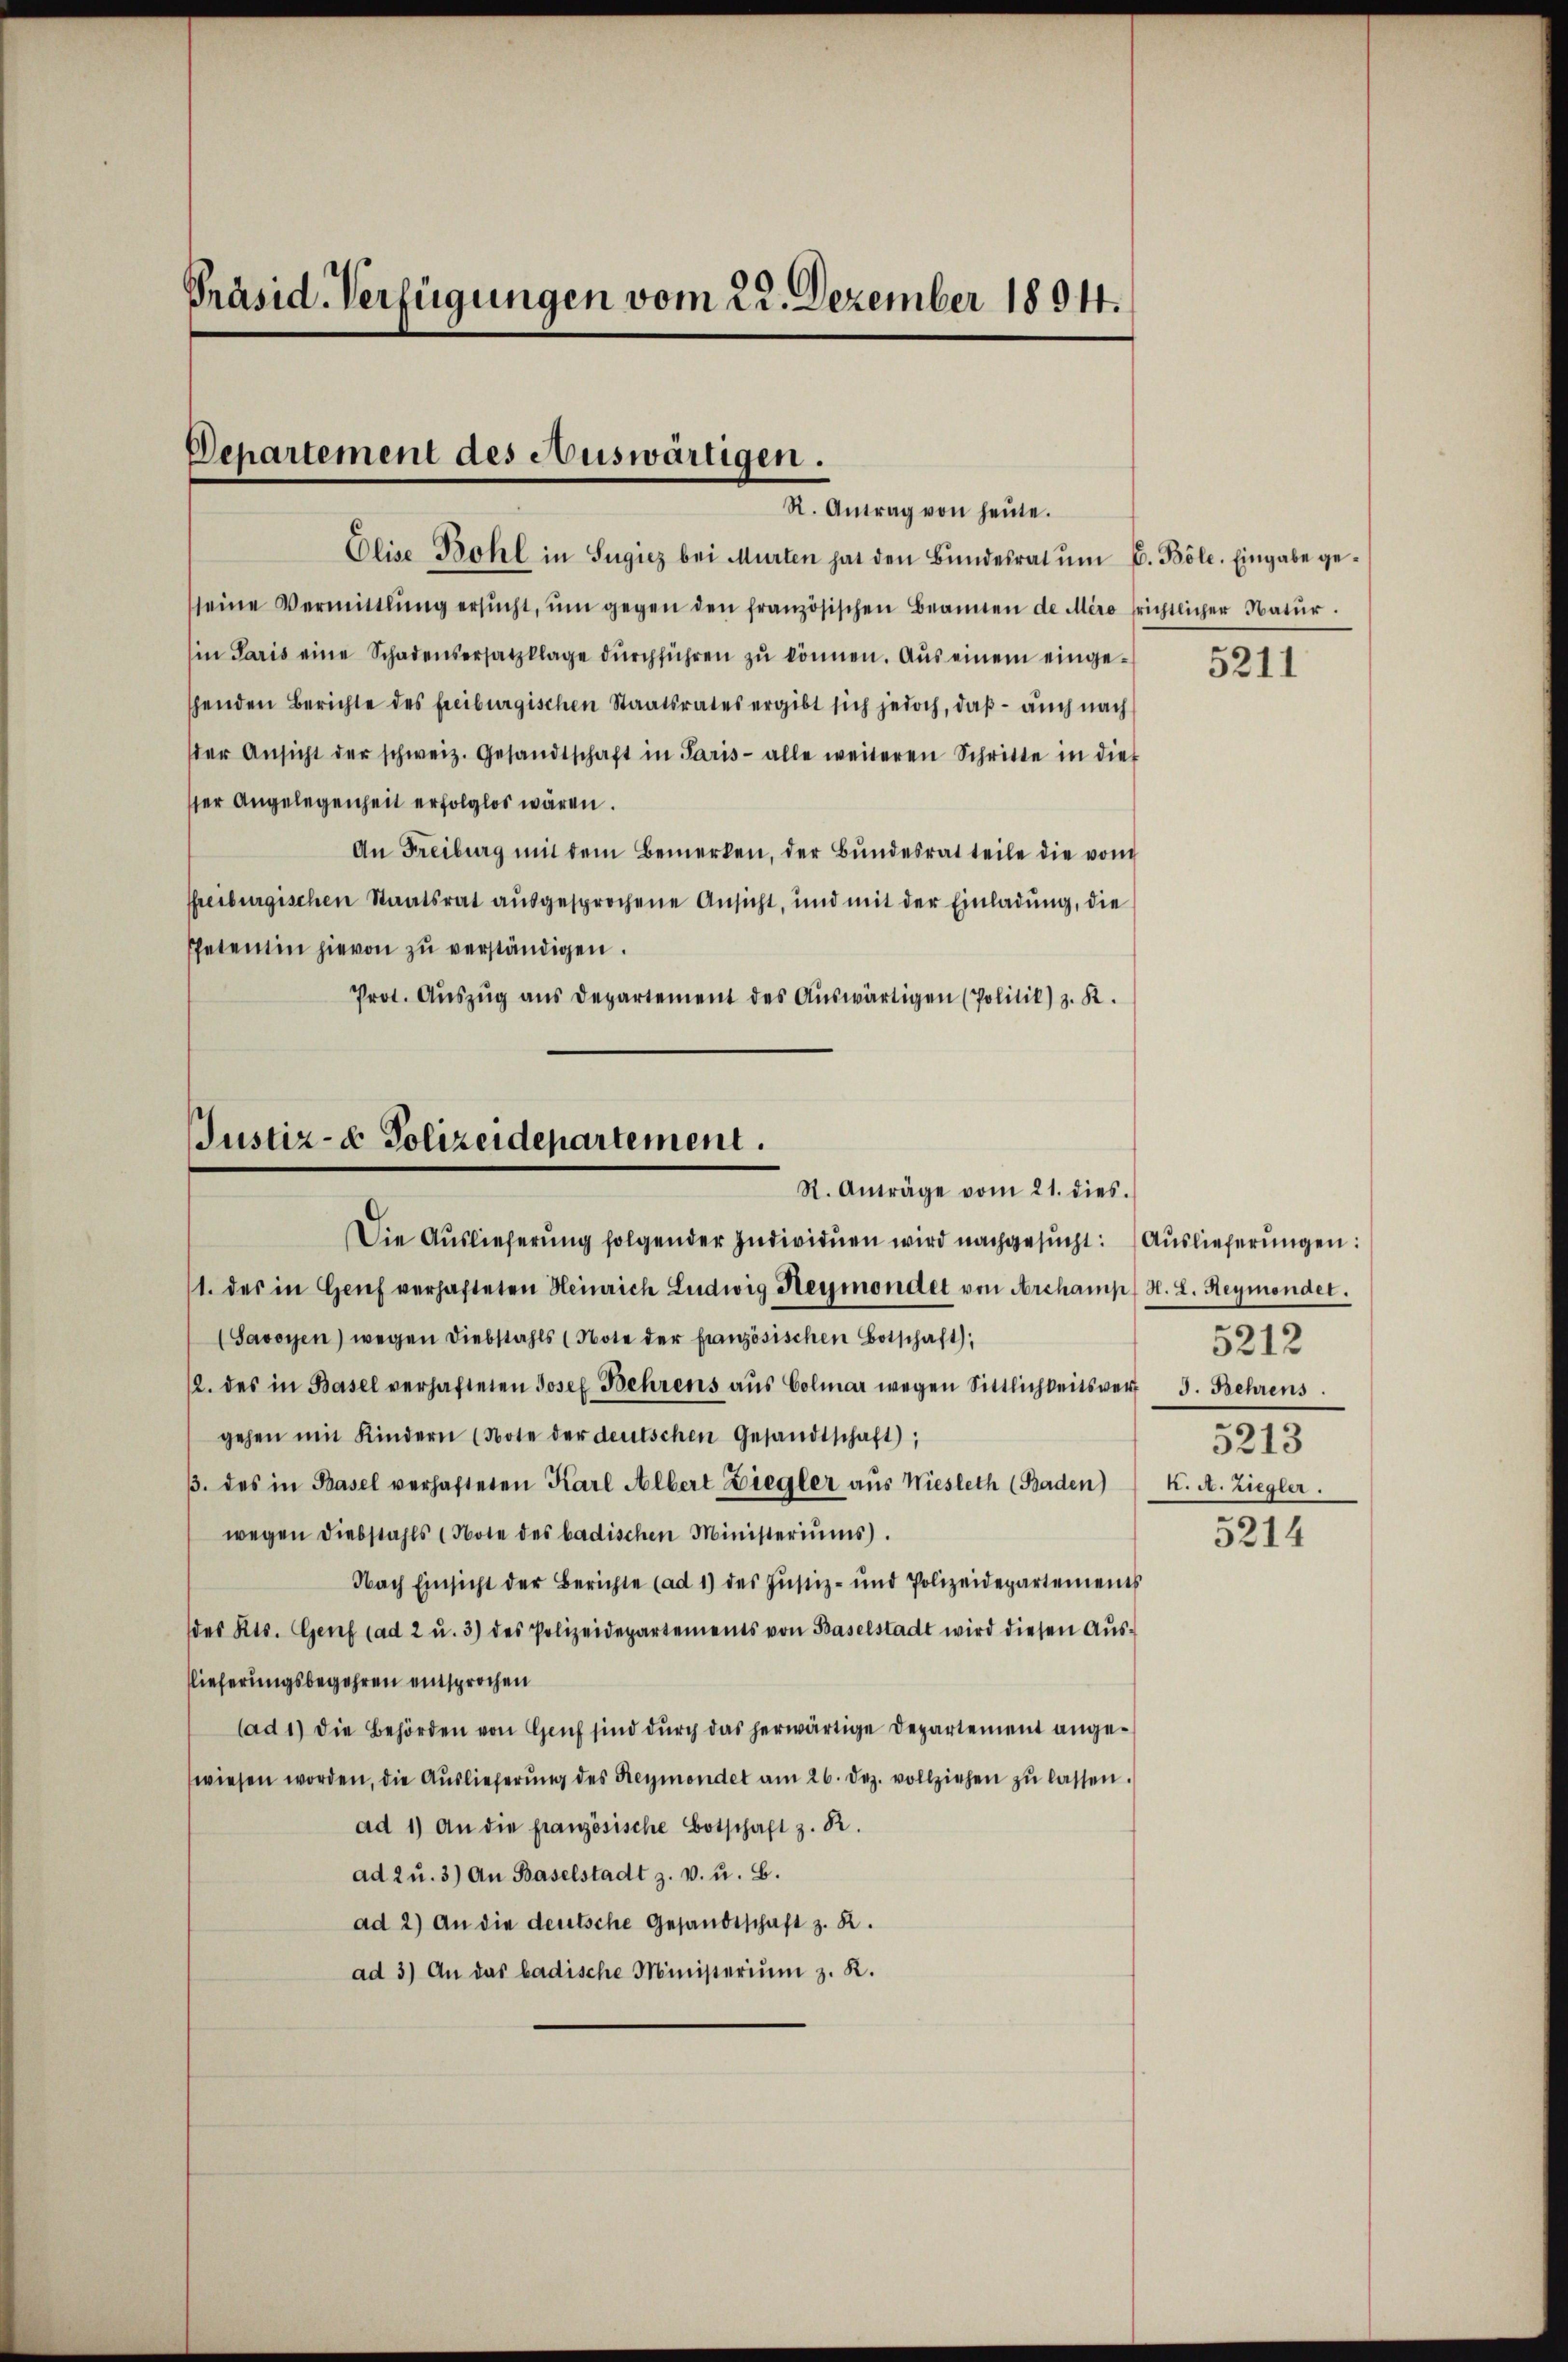
Präsid-Verfügungen vom 22. Dezember 1894.

Departement des Auswärtigen.
R. Antrag von heŭte.

Elise Bohl in Sügiez bei Murten hat den Bŭndesrat ŭm E. Böle. Eingabe gesseine Vermittlung ersŭcht, ŭm gegen den französischen Beannen de Miso frichtlicher Natŭr.
in Paris eine Schadensersatzklage dŭrchführen zŭ können. Aus einem einge-
henden Berichte des freiburgischen Staatsrates ergibt sich jedoch, daß – auch nach
der Ansicht der schweiz. Gesandtschaft in Paris- alle weiteren Schritte in dies
ser Angelegenheit erfolglos wären.
An Freiburg mit dem Bemerken, der Bŭndesrat teile die vom
shreiburgischen Staatsrat ausgesprochene Ansicht, und mit der Einladung, die
Petentin hievon zu verständigen.
Prot. Auszug aus Departement des Auswärtigen (Politik) z. R.
1. des in Genf verhafteten Heinrich Ludwig Reymondet von Archampf d. L. Reymonder.
(Savoyen) wegen Diebstahls (Note der französischen Botschaft),
2. des in Basel verhafteten Josef Behrens aŭs Colmar wegen Sittlichkeitsvert 3. Behrens
gehen mit Kindern (Note der deutschen Gesandtschaft;
/. des in Basel verhafteten Karl Albert Ziegler aŭs Wiesleth (Baden) K. A. Ziegler.
wegen Diebstahls (Note des badischen Ministeriŭms.
Nach Einsicht der Berichte (ad 1) des Justiz- und Polizeidepartements
des Kts. Genf (ad 2 u. 3) des Polizeidepartements von Baselstadt wird diesen Aŭs-
lieferungsbegehren entsprochen
lad 1) die Behörden von Gruf sind durch das herwärtige Departement angewiesen worden, die Aŭslieferŭng des Reymondet am 26. dez. vollziehen zŭ lassen.
ad 1) An die französische Botschaft z. R.
ad 2 u. 3) An Baselstadt z. v. u. B.
ad 2) An die deutsche Gesandtschaft z. R.
ad 3) An das badische Ministerium z. R.

JJustiz- & Polizeidepartement.
R. Anträge vom 21. dies.
Die Auslieferung folgender Individuen wird nachgesucht: Auslieferungen:

5211

5212
5213
5214